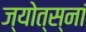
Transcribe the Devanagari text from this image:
ज्योत्स्नां